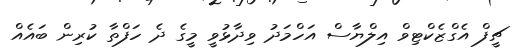
ޗީފް އެގްޒެކްޓިވް އިލްޔާސް އަހްމަދު ވިދާޅުވީ މީގެ ދެ ހަފްތާ ކުރިން ބައެއް